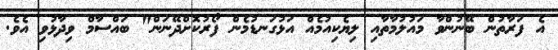
އެ ފަރާތުން ބޭނުންވާ މައުލުމާތާއި ލިޔެކިއުމެއް އަޅުގަނޑުމެން ފޯރުކޮށްދޭނަން" ބައްސާމް ވިދާޅުވި އެވެ.